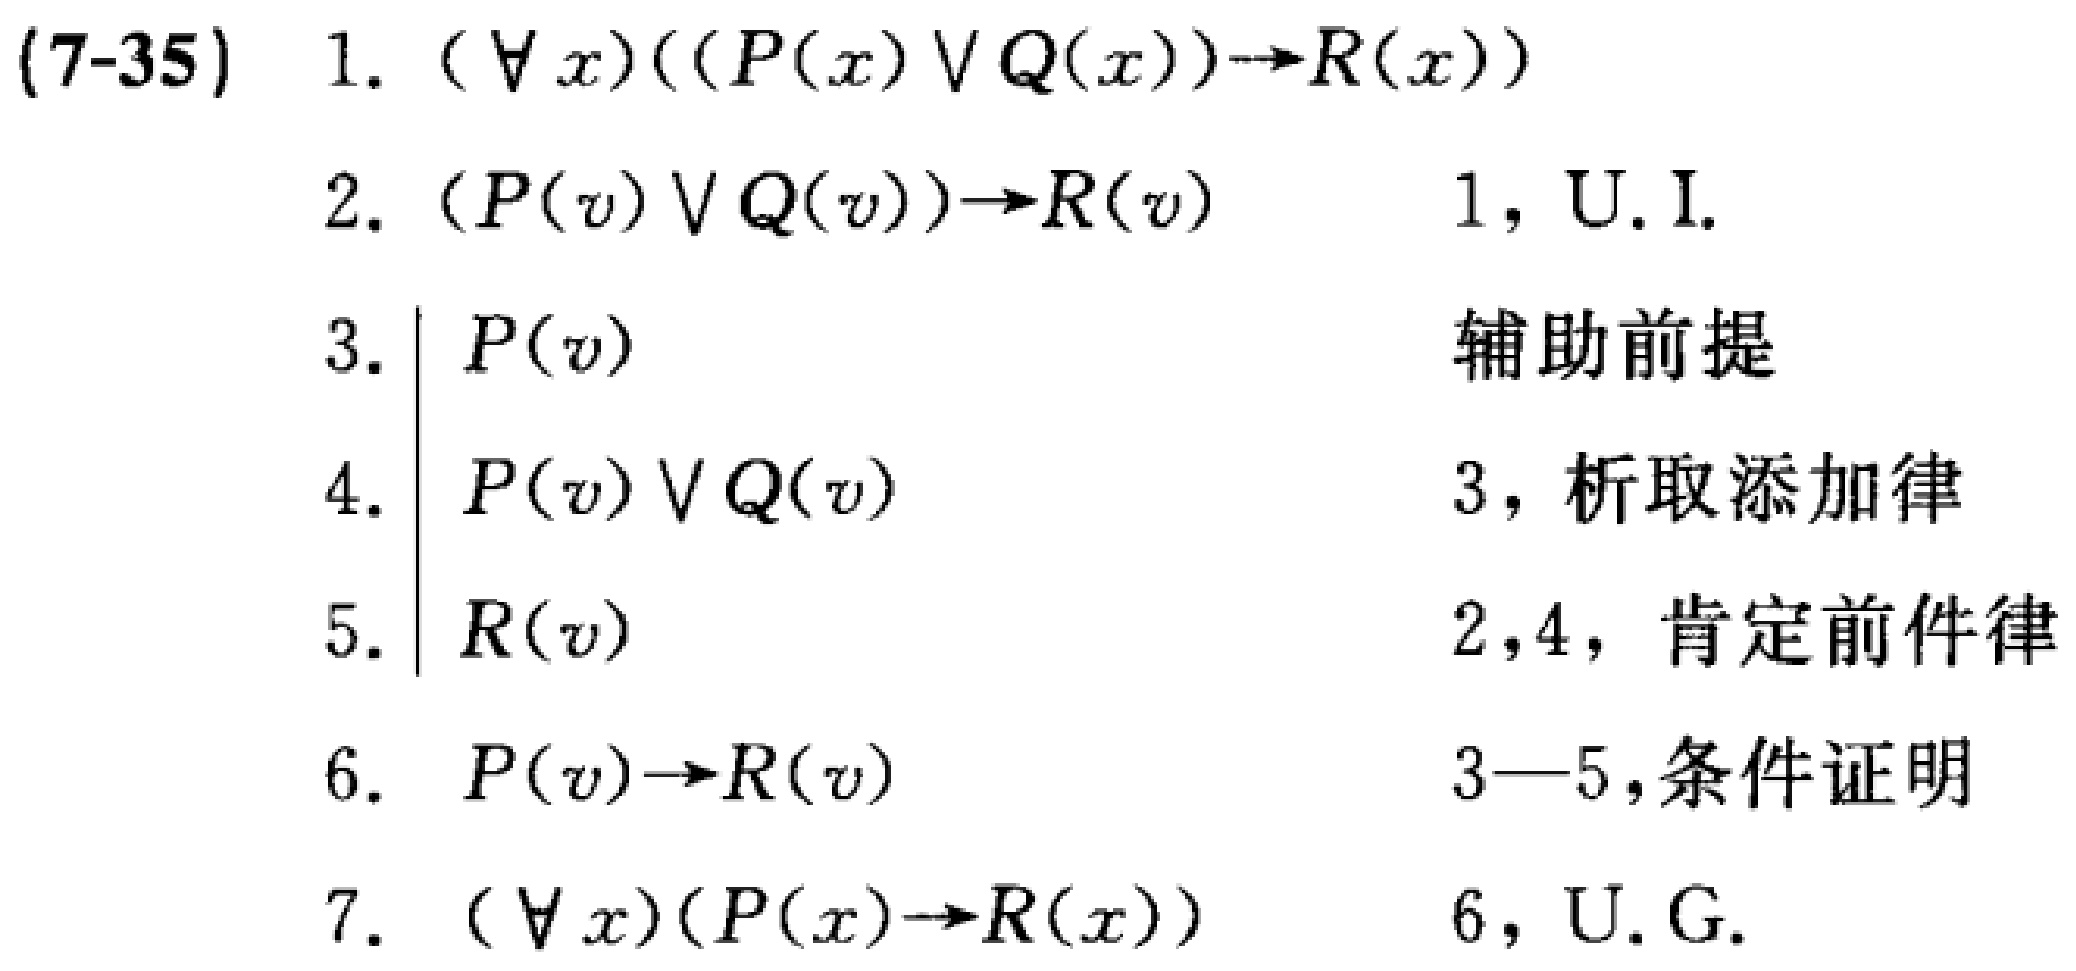
\begin{align*}
(7 - 35)\quad 1.&\quad (\forall x)((P(x)\vee Q(x))\to R(x))\\
2.&\quad (P(v)\vee Q(v))\to R(v)\quad 1,\text{ U.I.}\\
3.&\quad \vert\quad P(v)\quad \text{辅助前提}\\
4.&\quad \vert\quad P(v)\vee Q(v)\quad 3,\text{ 析取添加律}\\
5.&\quad \vert\quad R(v)\quad 2,4,\text{ 肯定前件律}\\
6.&\quad P(v)\to R(v)\quad 3 - 5,\text{条件证明}\\
7.&\quad (\forall x)(P(x)\to R(x))\quad 6,\text{ U.G.}
\end{align*}